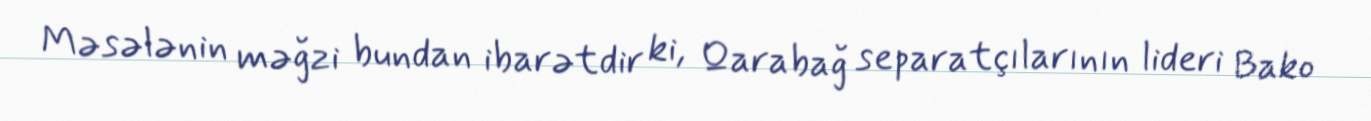
Məsələnin məğzi bundan ibarətdir ki, Qarabağ separatçılarının lideri Bako